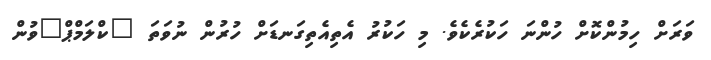
ވަރަށް ހިމުންކޮށް ހުންނަ ހަކުރެކެވެ. މި ހަކުރު އެތިއެތިގަނޑަށް ހުރުން ނުވަތަ "ކްލަމްޕް"ވުން